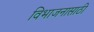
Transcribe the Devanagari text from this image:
विभाजनासाठी